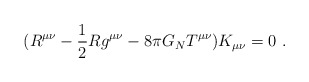
\begin{align*}(R^{\mu\nu}-\frac{1}{2}Rg^{\mu\nu}-8\pi G_{N}T^{\mu\nu})K_{\mu\nu}=0~. \end{align*}